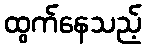
ထွက်နေသည့်